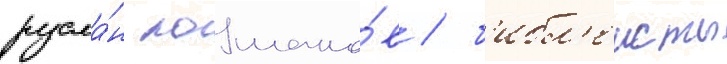
русла́н лошако́в / б'ибл'еисты